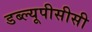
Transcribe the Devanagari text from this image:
डब्ल्यूपीसीसी